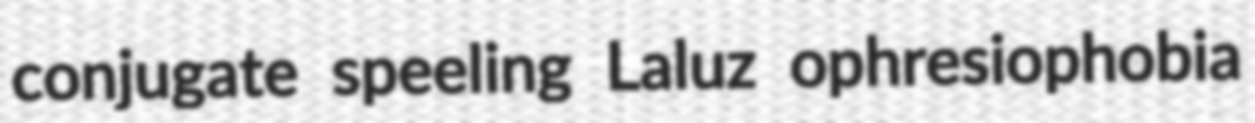
conjugate speeling Laluz ophresiophobia